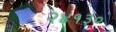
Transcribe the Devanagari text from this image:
२४१३०